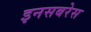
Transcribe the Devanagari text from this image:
इनसबरेस